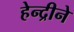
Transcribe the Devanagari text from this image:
हेन्द्रीने